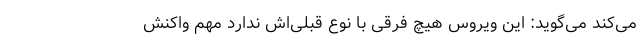
می‌کند می‌گوید: این ویروس هیچ فرقی با نوع قبلی‌اش ندارد مهم واکنش